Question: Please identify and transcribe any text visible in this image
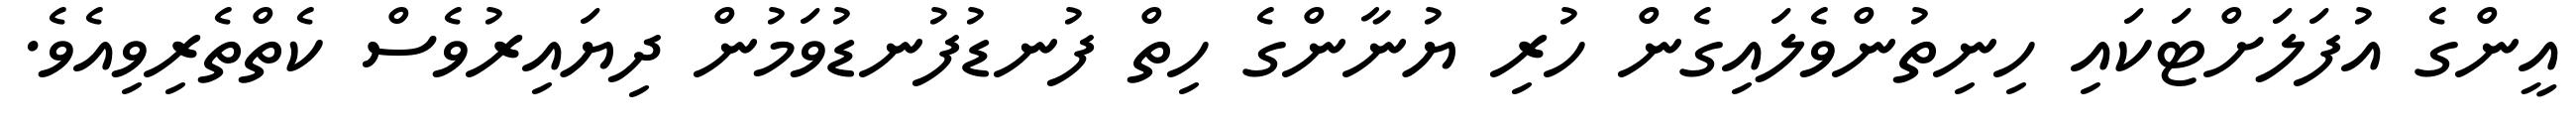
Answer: އީންގެ އުފަލަށްޓަކައި ހިނިތުންވެލައިގެން ހުރި ޔުނާންގެ ހިތް ފުނޑުފުނޑުވަމުން ދިޔައިރުވެސް ކެތްތެރިވިއެވެ.